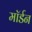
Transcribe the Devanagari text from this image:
माॅर्डन